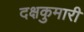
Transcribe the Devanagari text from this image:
दक्षकुमारी